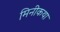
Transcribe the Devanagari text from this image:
मिनीकथा